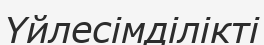
Үйлесімділікті